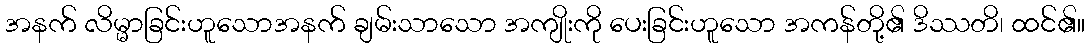
အနက် လိမ္မာခြင်းဟူသောအနက် ချမ်းသာသော အကျိုးကို ပေးခြင်းဟူသော အကန်တို့၏ ဒိဿတိ၊ ထင်၏။